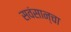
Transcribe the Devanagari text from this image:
सवंसान्चा